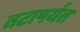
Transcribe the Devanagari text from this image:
तटापर्यंत